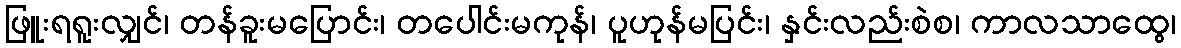
ဖြူးရရူးလျှင်၊ တန်ခူးမပြောင်း၊ တပေါင်းမကုန်၊ ပူဟုန်မပြင်း၊ နှင်းလည်းစဲစ၊ ကာလသာထွေ၊